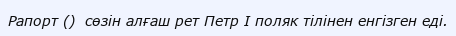
Рапорт ()  сөзін алғаш рет Петр І поляк тілінен енгізген еді.